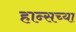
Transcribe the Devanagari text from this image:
हान्सच्या